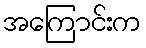
အကြောင်းက